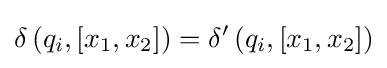
\delta \left(q_{i},[x_{1},x_{2}]\right)=\delta '\left(q_{i},[x_{1},x_{2}]\right)